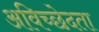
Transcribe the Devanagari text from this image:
अविच्छेदता